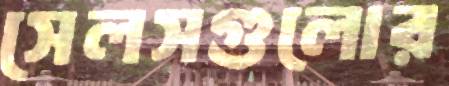
সেলসগুলোর